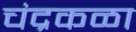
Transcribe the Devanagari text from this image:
चंद्रकळा